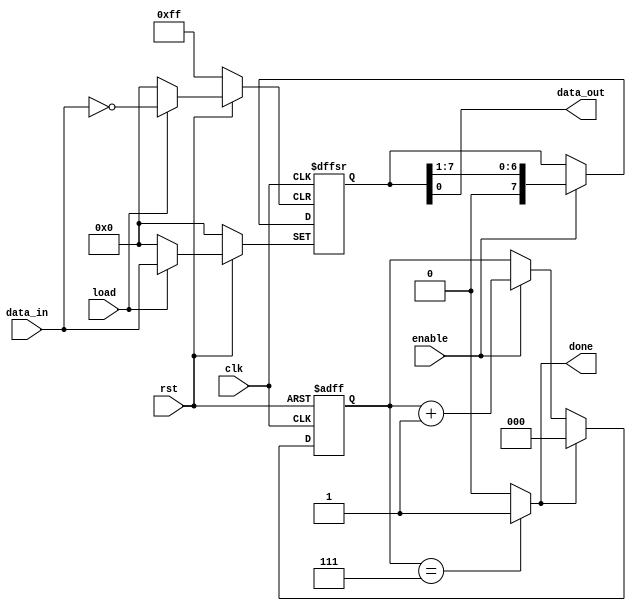
module serializer(
  input wire [7:0] data_in,
  input wire load,
  input wire enable,
  input wire clk,
  input wire rst,
  output reg done,
  output reg data_out
  );
  
  reg [7:0] shift_register;
  reg [2:0] counter, counter_comb;
  
  // The load signal let the serializer block know when to capture the data on its input data line.
  always@(posedge clk or negedge rst or posedge load)
    begin
      if(!rst)
        begin
          shift_register <= 'd0;
        end
      else if(load)
        begin
          shift_register <= data_in;
        end
      else if(enable)
        begin
          shift_register <= shift_register >> 1;
        end
    end
    
  always@(*)
    begin
      data_out = shift_register[0];
    end
  
  // Counter sequential logic
  always@(posedge clk or negedge rst)
    begin
      if(!rst)
        begin
          counter <= 'd0;
        end
      else
        begin
          counter <= counter_comb;
        end
    end
    
  // Counter combinational logic
  always@(*)
    begin
      if(done == 1'b1)
        begin
          counter_comb = 'd0;
        end
      else if(enable)
        begin
          counter_comb = counter + 'd1;
        end
      else
        begin
    	     counter_comb = counter;    
        end
    end
    
  always@(*)
    begin
      if(counter == 'd7)
        begin
          done = 1'b1;
        end
      else
        begin
          done = 1'b0;
        end
    end
    
endmodule